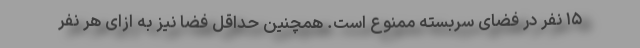
۱۵ نفر در فضای سربسته ممنوع است. همچنین حداقل فضا نیز به ازای هر نفر